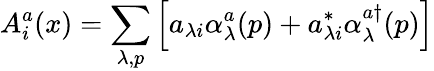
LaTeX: A_{i}^{a}(x)=\sum_{\lambda,p}\left[a_{\lambda i}\alpha_{\lambda}^{a}(p)+a_{\lambda i}^{*}\alpha_{\lambda}^{a\dagger}(p)\right]